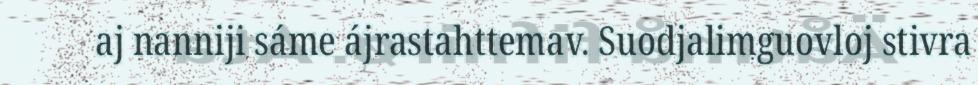
aj nanniji sáme ájrastahttemav. Suodjalimguovloj stivra